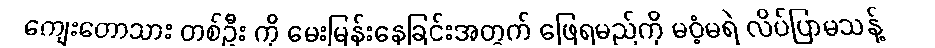
ကျေးတောသား တစ်ဦး ကို မေးမြန်းနေခြင်းအတွက် ဖြေရမည်ကို မဝံ့မရဲ လိပ်ပြာမသန့်